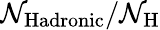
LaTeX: \mathcal{N}_{\mathrm{{Hadronic}}}/\mathcal{N}_{\mathrm{{H}}}